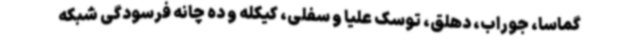
گماسا، جوراب، دهلق، توسک علیا و سفلی، کیکله و ده چانه فرسودگی شبکه